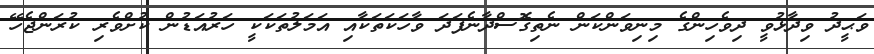
ވަޙީދު ވިދާޅުވީ ދިވެހިންގެ މިނިވަންކަން ނެތިގޮސްދާނެފަދަ ވާހަކަތަކާއި އަމަލުތަކަކީ ހަރުއަޑުން ކުށްވެރި ކުރަންޖެހޭ